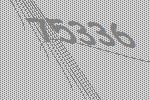
75336